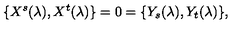
\{ X ^ { s } ( \lambda ) , X ^ { t } ( \lambda ) \} = 0 = \{ Y _ { s } ( \lambda ) , Y _ { t } ( \lambda ) \} ,